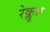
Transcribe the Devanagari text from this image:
रेक्लूस